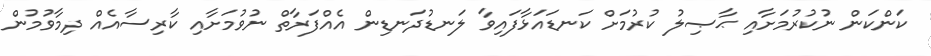
ކަންކަން ނުކުރުމަށާއި ޙާޞިލު ކުރުމަށް ކަނޑައަޅާފައިވާ ލަނޑުދަނޑިން އެއްފަރާތް ނުވުމަށާއި ކާރިސާއެއް ދިމާވުމުން